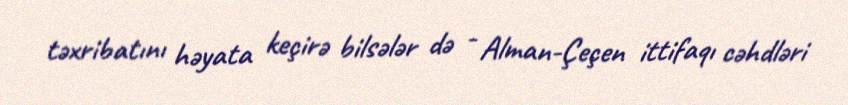
təxribatını həyata keçirə bilsələr də - Alman-Çeçen ittifaqı cəhdləri